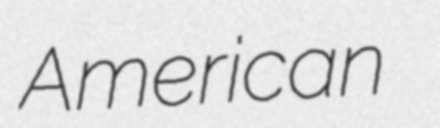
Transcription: American